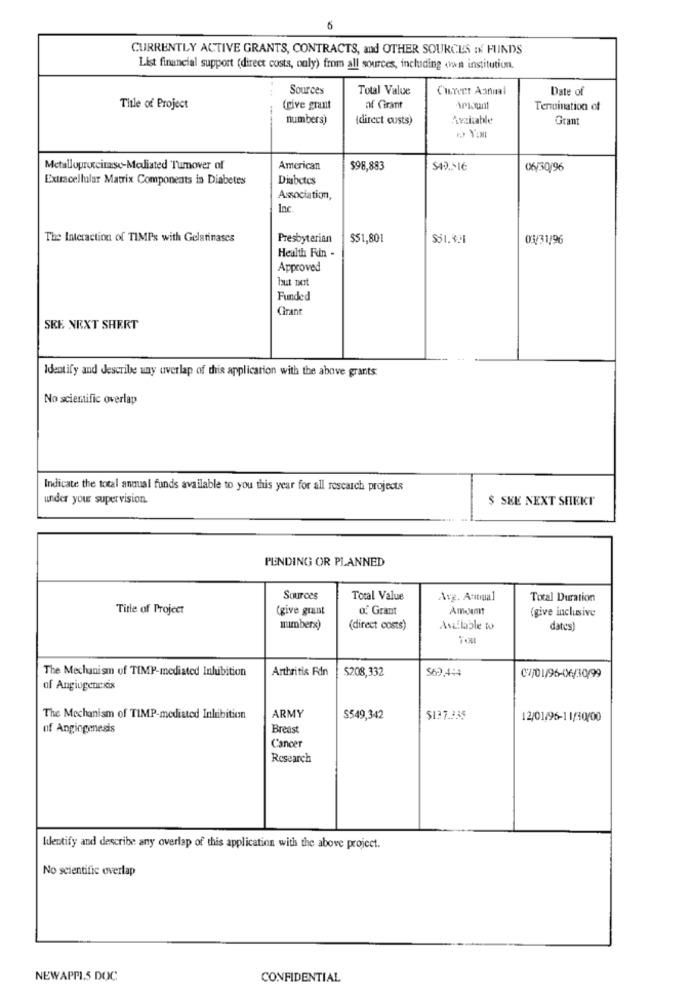
6
CURRENTLY ACTIVE GRANTS, CONTRACTS, and OTHER SOURCES of FUNDS
List financial support (direct costs, only) from all sources, including own institution.
Sources
Total Value
Date of
Title of Project
(cive grant
af Grant
Tenuination of
numbers)
(direct custs)
Available
Gran
Metalloproccinase-Mediated Tumover of
American
$98,883
06/30/96
Extracellular Matrix Components is Diabetes
Diabetes
Association,
Inc.
The Interaction of TIMPs with Gelatinases
Presbyterian
$51,801
$51.421
03/31/96
Health Fun -
Approved
but not
Funded
Grant
SKE NEXT SHERT
Identify and describe way uverlap of this application with the above grants.
No scientific overlap
Indicate the total annual funds available to you this year for all research projects
under your supervision.
$ SKE NEXT SHEKT
PENDING OR PLANNED
Sources
Total Value
Avg. Antiual
Total Duration
Title of Project
(give grant
o. Grant
Amount
(give inclusive
numberx)
(direct costs)
Available to
dates)
The Mechanism of TIMP-mediated Inlubition
Arthritis Fdn
S208,332
$62,44
07/01/96-06/30/99
of Angiogenesis
The Mechanism of TIMP-mediated Inlibition
ARMY
S549,342
$137.335
12/01/96-1 1/40/00
of Angiogenesis
Breast
Cancer
Research
Identify and describe any overlap of this application with the above project.
No scientific overlap
NEWAPPL.5 DOC
CONFIDENTIAL